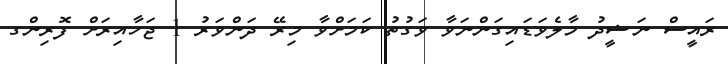
ރައީސް ނަޝީދު މާލެވަޑައިގަންނަވާ ވަގުތު ކަމަށްވާ މިރޭ ދަންވަރު 1 ޖަހާއިރަށް ފޮރިންގ